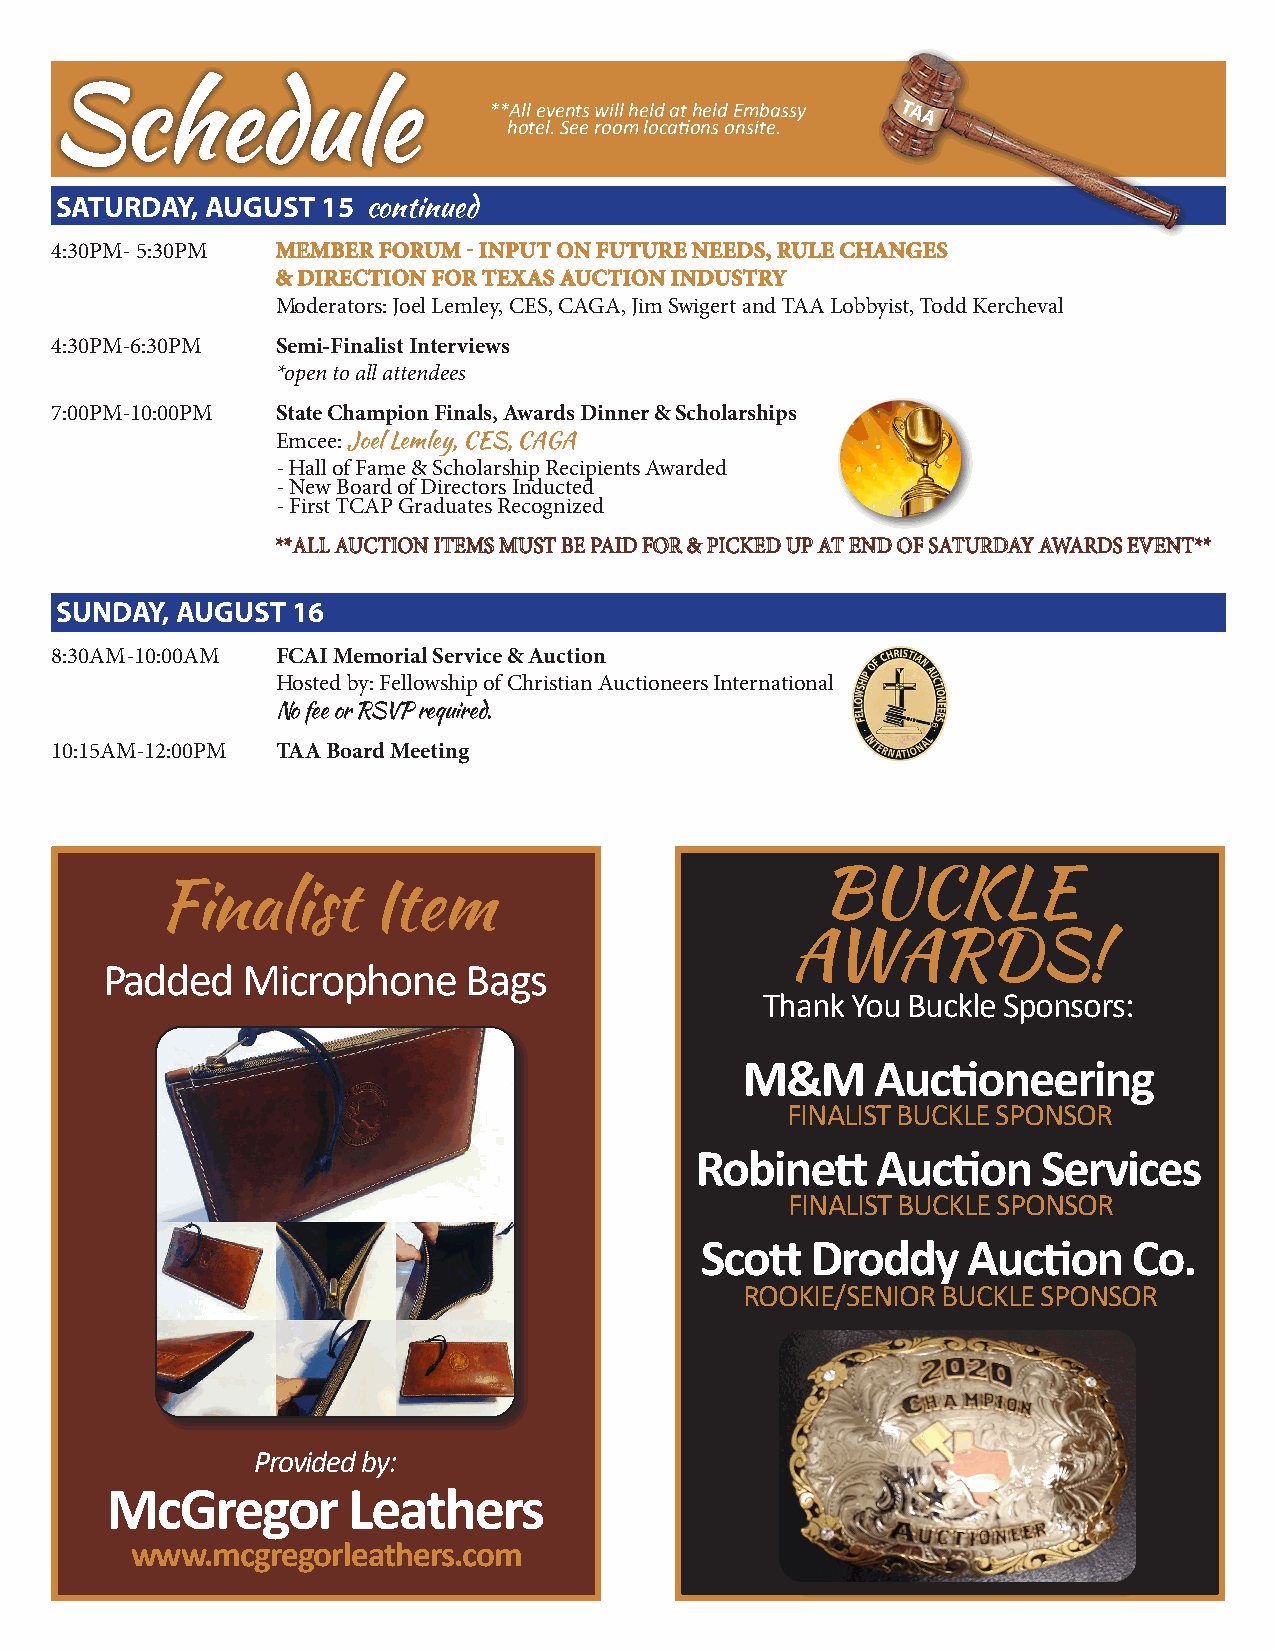
SScchheedduullee
 **All events will held at held Embassy TAA
 hotel. See room locations onsite.
 SATURDAY, AUGUST 15 continued
 4:30PM- 5:30PM MMEEMMBBEERR FFOORRUUMM -- IINNPPUUTT OONN FFUUTTUURREE NNEEEEDDSS,, RRUULLEE CCHHAANNGGEESS
 && DDIIRREECCTTIIOONN FFOORR TTEEXXAASS AAUUCCTTIIOONN IINNDDUUSSTTRRYY
 Moderators: Joel Lemley, CES, CAGA, Jim Swigert and TAA Lobbyist, Todd Kercheval
 4:30PM-6:30PM  Semi-Finalist Interviews
 *open to all attendees
 7:00PM-10:00PM State Champion Finals, Awards Dinner & Scholarships
 Emcee: Joel Lemley, CES, CAGA
 - Hall of Fame & Scholarship Recipients Awarded
 - New Board of Directors Inducted
 - First TCAP Graduates Recognized
 ****AALLLL AAUUCCTTIIOONN IITTEEMMSS MMUUSSTT BBEE PPAAIIDD FFOORR && PPIICCKKEEDD UUPP AATT EENNDD OOFF SSAATTUURRDDAAYY AAWWAARRDDSS EEVVEENNTT****
 SUNDAY, AUGUST 16
 8:30AM -10:00AM FCAI Memorial Service & Auction
 Hosted by: Fellowship of Christian Auctioneers International
 No fee or RSVP required.
 10:15AM-12:00PM TAA Board Meeting
 BUCKLE
 Finalist      Item
 AWARDS!
 Padded   Microphone     Bags
 Thank You Buckle Sponsors:
 M&M      Auctioneering
 FINALIST BUCKLE SPONSOR
 Robinett    Auction    Services
 FINALIST BUCKLE SPONSOR
 Scott   Droddy    Auction    Co.
 ROOKIE/SENIOR BUCKLE SPONSOR
 Provided by:
 McGregor        Leathers
 www.mcgregorleathers.com